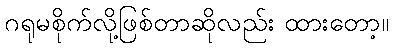
ဂရုမစိုက်လို့ဖြစ်တာဆိုလည်း ထားတော့။